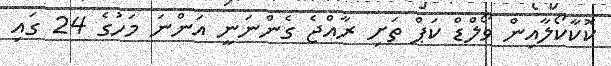
ކޮކާކޯލާއިން ވޯލްޑް ކަޕް ތަށި ރާއްޖެ ގެންނަނީ އަންނަ މަހުގެ 24 ގައި